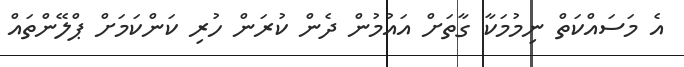
އެ މަސައްކަތް ނިމުމަކާ ގާތަށް އައުމުން ދެން ކުރަން ހުރި ކަންކަމަށް ޕްލޭންތައް